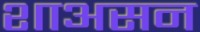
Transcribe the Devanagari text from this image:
शाअसन